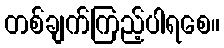
တစ်ချက်ကြည့်ပါရစေ။